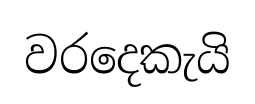
වරදෙකැයි